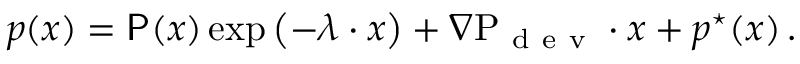
p ( \boldsymbol { x } ) = \mathsf { P } ( \boldsymbol { x } ) \exp \left( - \boldsymbol { \lambda } \boldsymbol { \cdot } \boldsymbol { x } \right) + \boldsymbol { \nabla } \mathrm { P } _ { \mathrm { ~ d ~ e ~ v ~ } } \boldsymbol { \cdot } \boldsymbol { x } + p ^ { \star } ( \boldsymbol { x } ) \, .